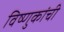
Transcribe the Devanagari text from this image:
विष्णुकांची